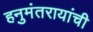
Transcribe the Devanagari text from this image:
हनुमंतरायांची